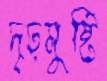
দৃঢ়মুষ্টি